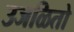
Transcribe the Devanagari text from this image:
उजळितो